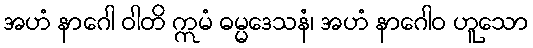
အဟံ နာဂေါ ဝါတိ ဣမံ ဓမ္မဒေသနံ၊ အဟံ နာဂေါဝ ဟူသော